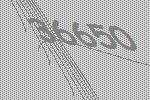
36650